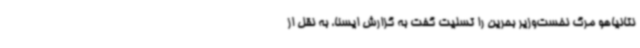
نتانیاهو مرگ نخست‌وزیر بحرین را تسلیت گفت به گزارش ایسنا، به نقل از